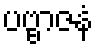
ပဗ္ဗာဇနံ